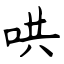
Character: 哄